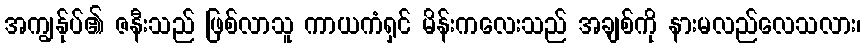
အကျွန်ုပ်၏ ဇနီးသည် ဖြစ်လာသူ ကာယကံရှင် မိန်းကလေးသည် အချစ်ကို နားမလည်လေသလား၊